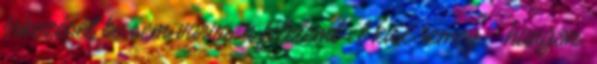
érkezését be sem várva, a félelemtıl kisé remegı hangon,